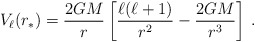
\begin{align*}V_{\ell} (r_*) = \frac{2GM}{r} \left [ \frac{\ell ( \ell + 1 ) }{r^2}- \frac{2GM}{r^3} \right ] \>.\end{align*}